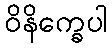
ဝိနိက္ခေပါ